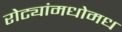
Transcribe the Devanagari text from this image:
रोट्यांमधोमध